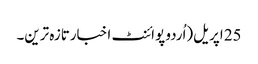
25 اپریل(اُردو پوائنٹ اخبارتازہ ترین۔